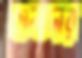
হানাদার